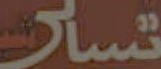
تسار